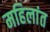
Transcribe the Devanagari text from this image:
महिलांत